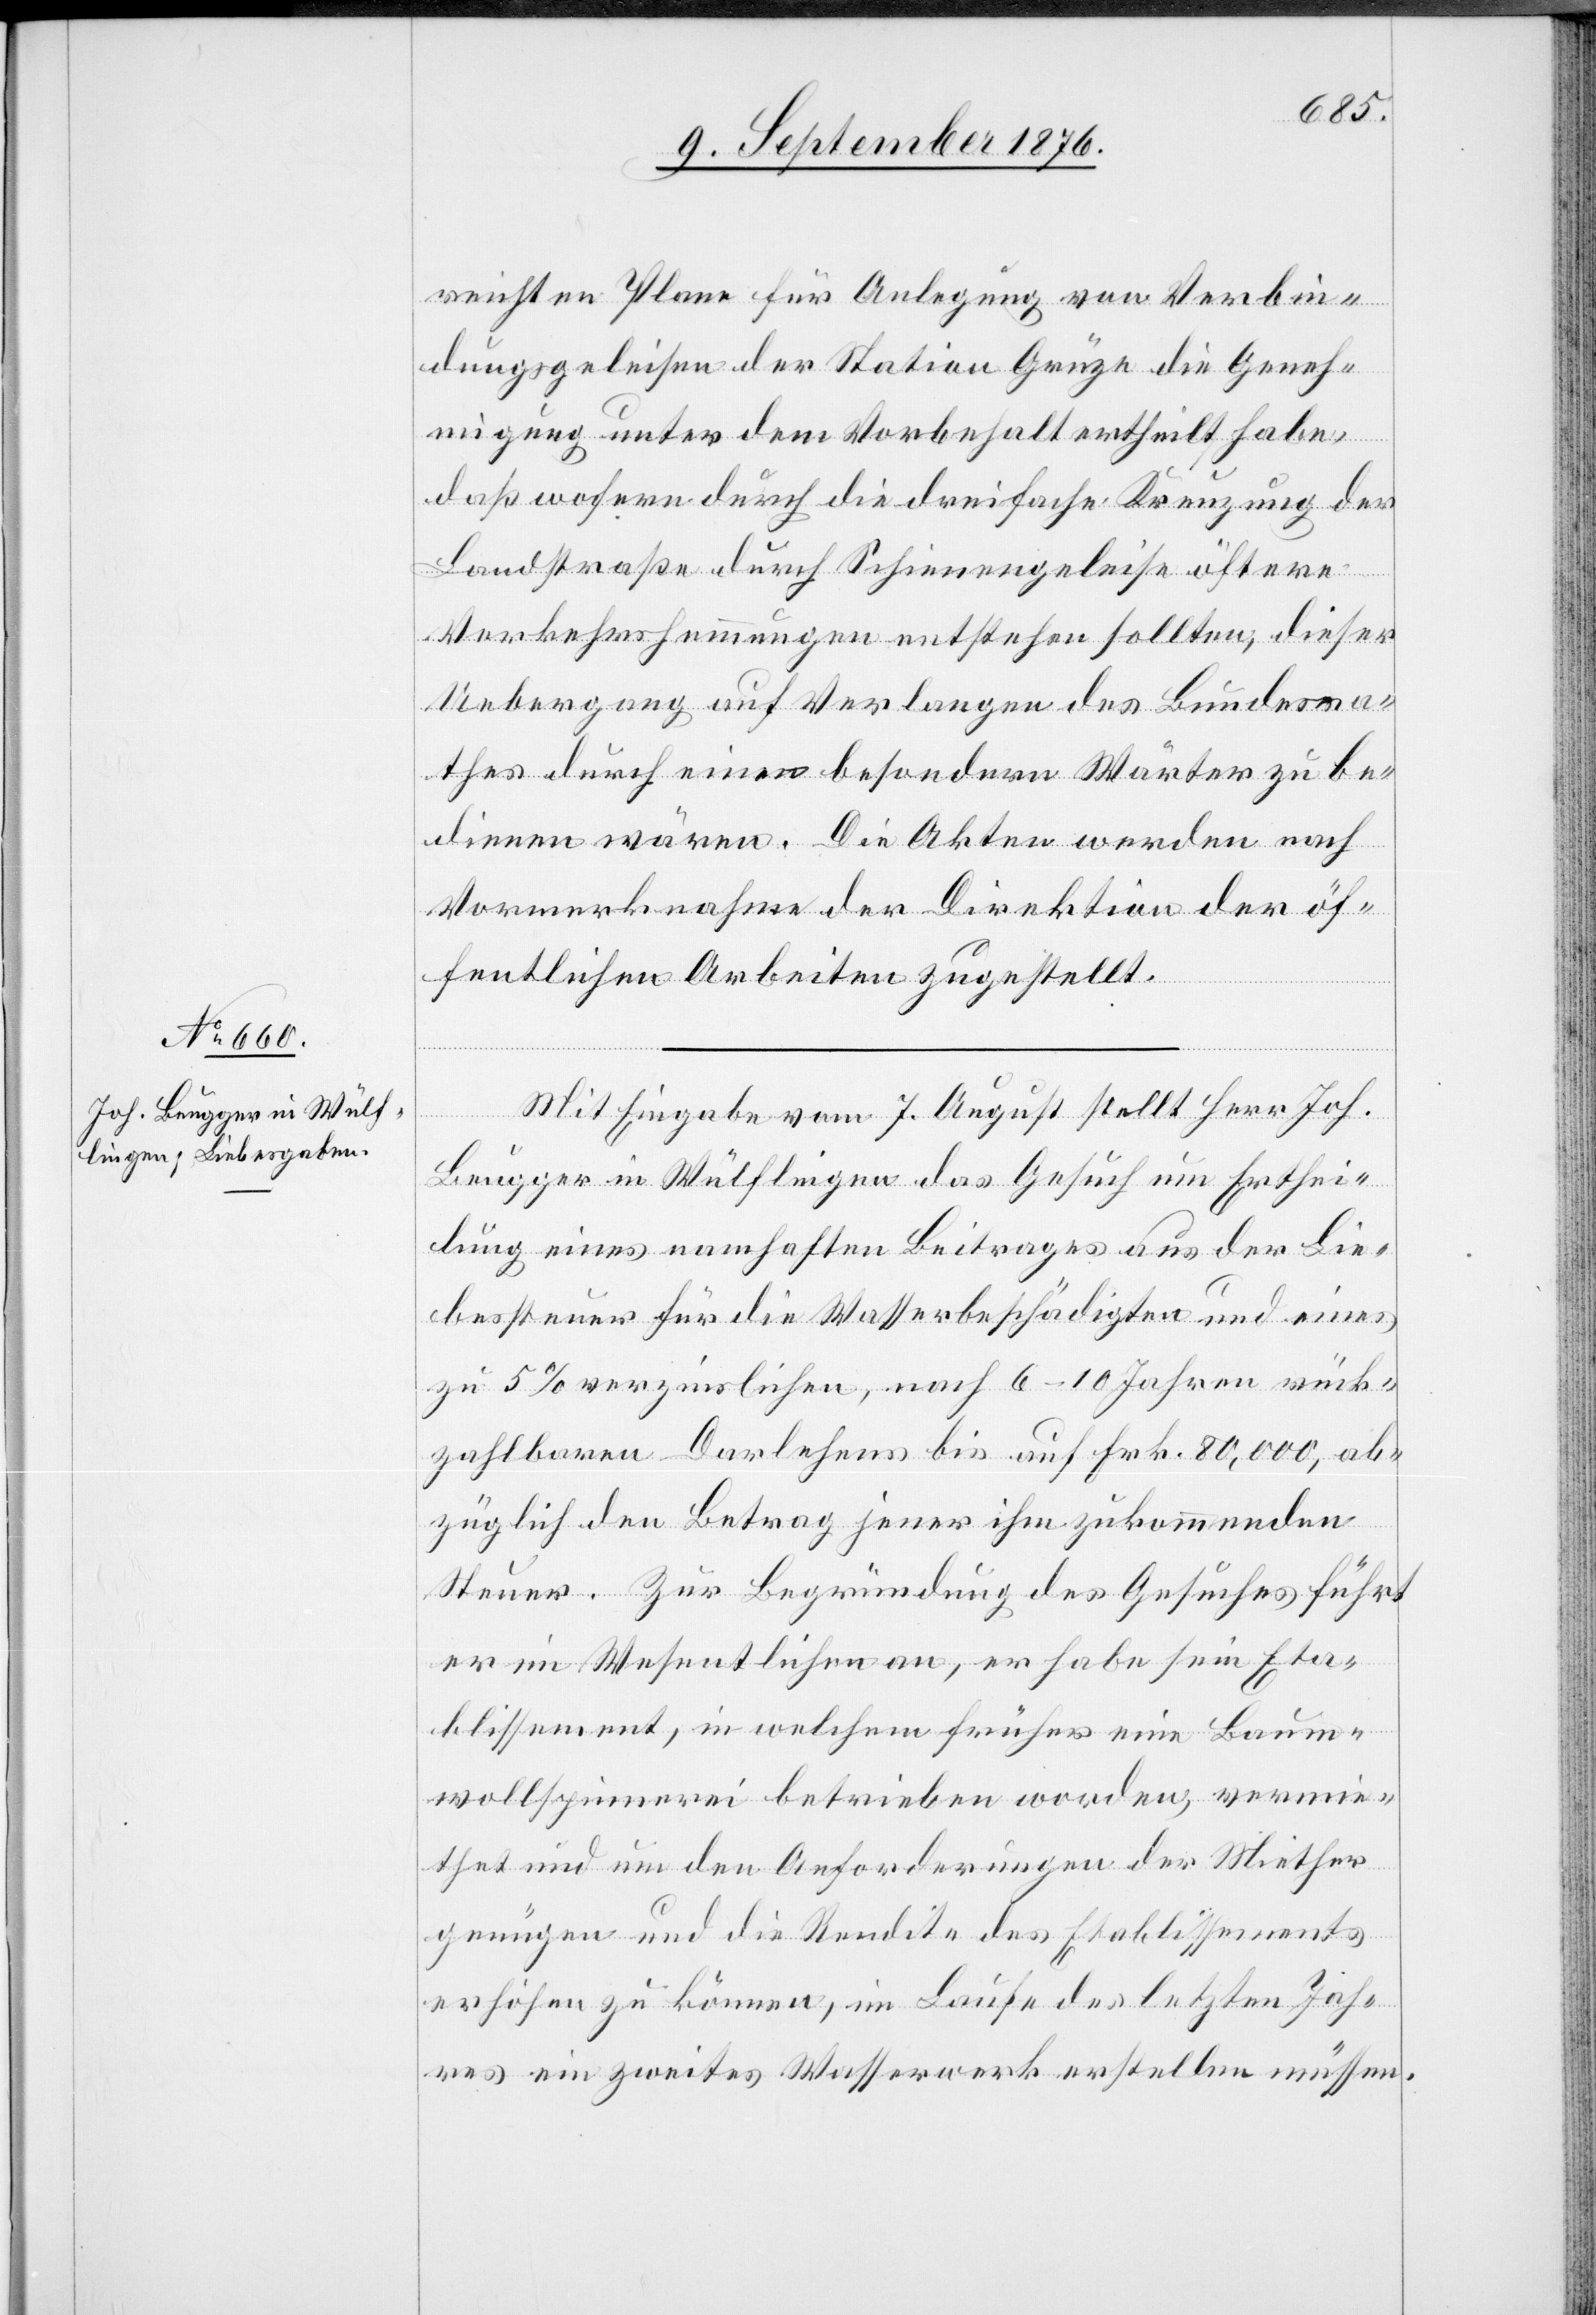
reichten Plane für Anlegung von Verbin¬
dungsgeleisen der Station Grüze die Geneh¬
migung unter dem Vorbehalt ertheilt habe,
daß wofern durch die dreifache Kreuzung der
Landstraße durch Schienengeleise öftere
Verkehrshemmungen entstehen sollten. dieser
Uebergang auf Verlangen des Bundesra¬
thes durch einen besondern Wärter zu be¬
dienen wären [sic!]. Die Akten werden nach
Vormerknahme der Direktion der öf¬
fentlichen Arbeiten zugestellt.
Mit Eingabe vom 7. August stellt Herr Joh.
Beugger in Wülflingen das Gesuch um Erthei¬
lung eines namhaften Beitrages aus der Lie¬
bessteuer für die Wasserbeschädigten und eines
zu 5% verzinslichen, nach 6–10 Jahren rück¬
zahlbaren Darlehens bis auf Frk. 80,000, ab¬
züglich den Betrag jener ihm zukommenden
Steuer. Zur Begründung des Gesuches führt
er im Wesentlichen an, habe sein Eta¬
blissement, in welchem früher eine Baum¬
wollspinnerei betrieben werden, vermie¬
thet und um den Anforderungen der Miether
genügen und die Rendite des Etablissements
erhöhen zu können, im Laufe des letzten Jahr¬
es ein zweites Wasserwerk erstellen müssen.